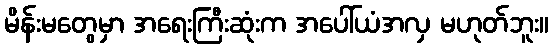
မိန်းမတွေမှာ အရေးကြီးဆုံးက အပေါ်ယံအလှ မဟုတ်ဘူး။